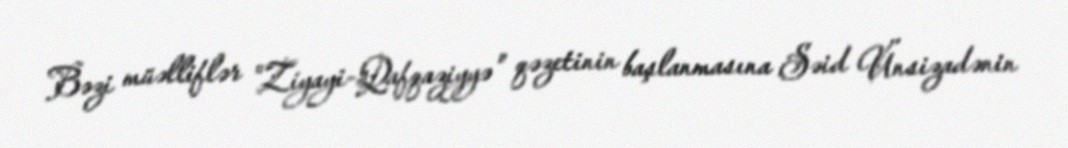
Bəzi müəlliflər "Ziyayi-Qafqaziyyə" qəzetinin başlanmasına Səid Ünsizadənin